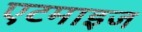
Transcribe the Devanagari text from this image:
एटमाइज